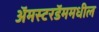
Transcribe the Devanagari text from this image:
अॅमस्टरडॅममधील